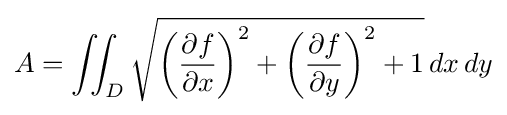
A=\iint _{D}{\sqrt {\left({\frac {\partial f}{\partial x}}\right)^{2}+\left({\frac {\partial f}{\partial y}}\right)^{2}+1}}\,dx\,dy